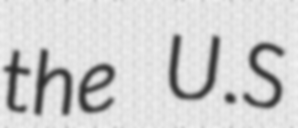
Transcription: the U.S